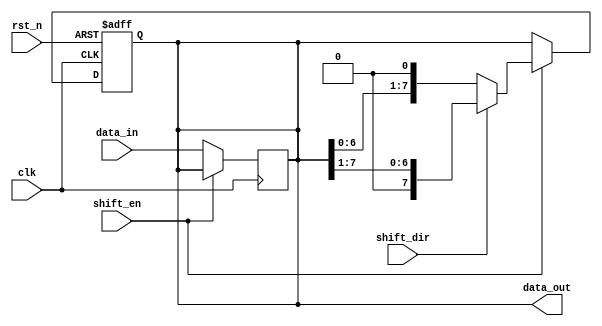
module ParameterizedShiftRegister #(
    parameter WIDTH = 8  // Default width of the shift register
) (
    input wire clk,           // Clock input
    input wire rst_n,        // Active low asynchronous reset
    input wire shift_en,     // Shift enable control
    input wire shift_dir,     // Shift direction (0: left, 1: right)
    input wire [WIDTH-1:0] data_in, // Parallel data input
    output reg [WIDTH-1:0] data_out // Parallel data output
);

    always @(posedge clk or negedge rst_n) begin
        if (!rst_n) begin
            // Asynchronous reset
            data_out <= {WIDTH{1'b0}};
        end else if (shift_en) begin
            // Shifting operation
            if (shift_dir) begin
                // Shift right
                data_out <= {1'b0, data_out[WIDTH-1:1]}; // Insert 0 at MSB
            end else begin
                // Shift left
                data_out <= {data_out[WIDTH-2:0], 1'b0}; // Insert 0 at LSB
            end
        end else begin
            // Hold previous state if shift is not enabled
            data_out <= data_out;
        end
    end

    // Load data_in when shift is not enabled
    always @(posedge clk) begin
        if (!shift_en) begin
            data_out <= data_in;
        end
    end

endmodule